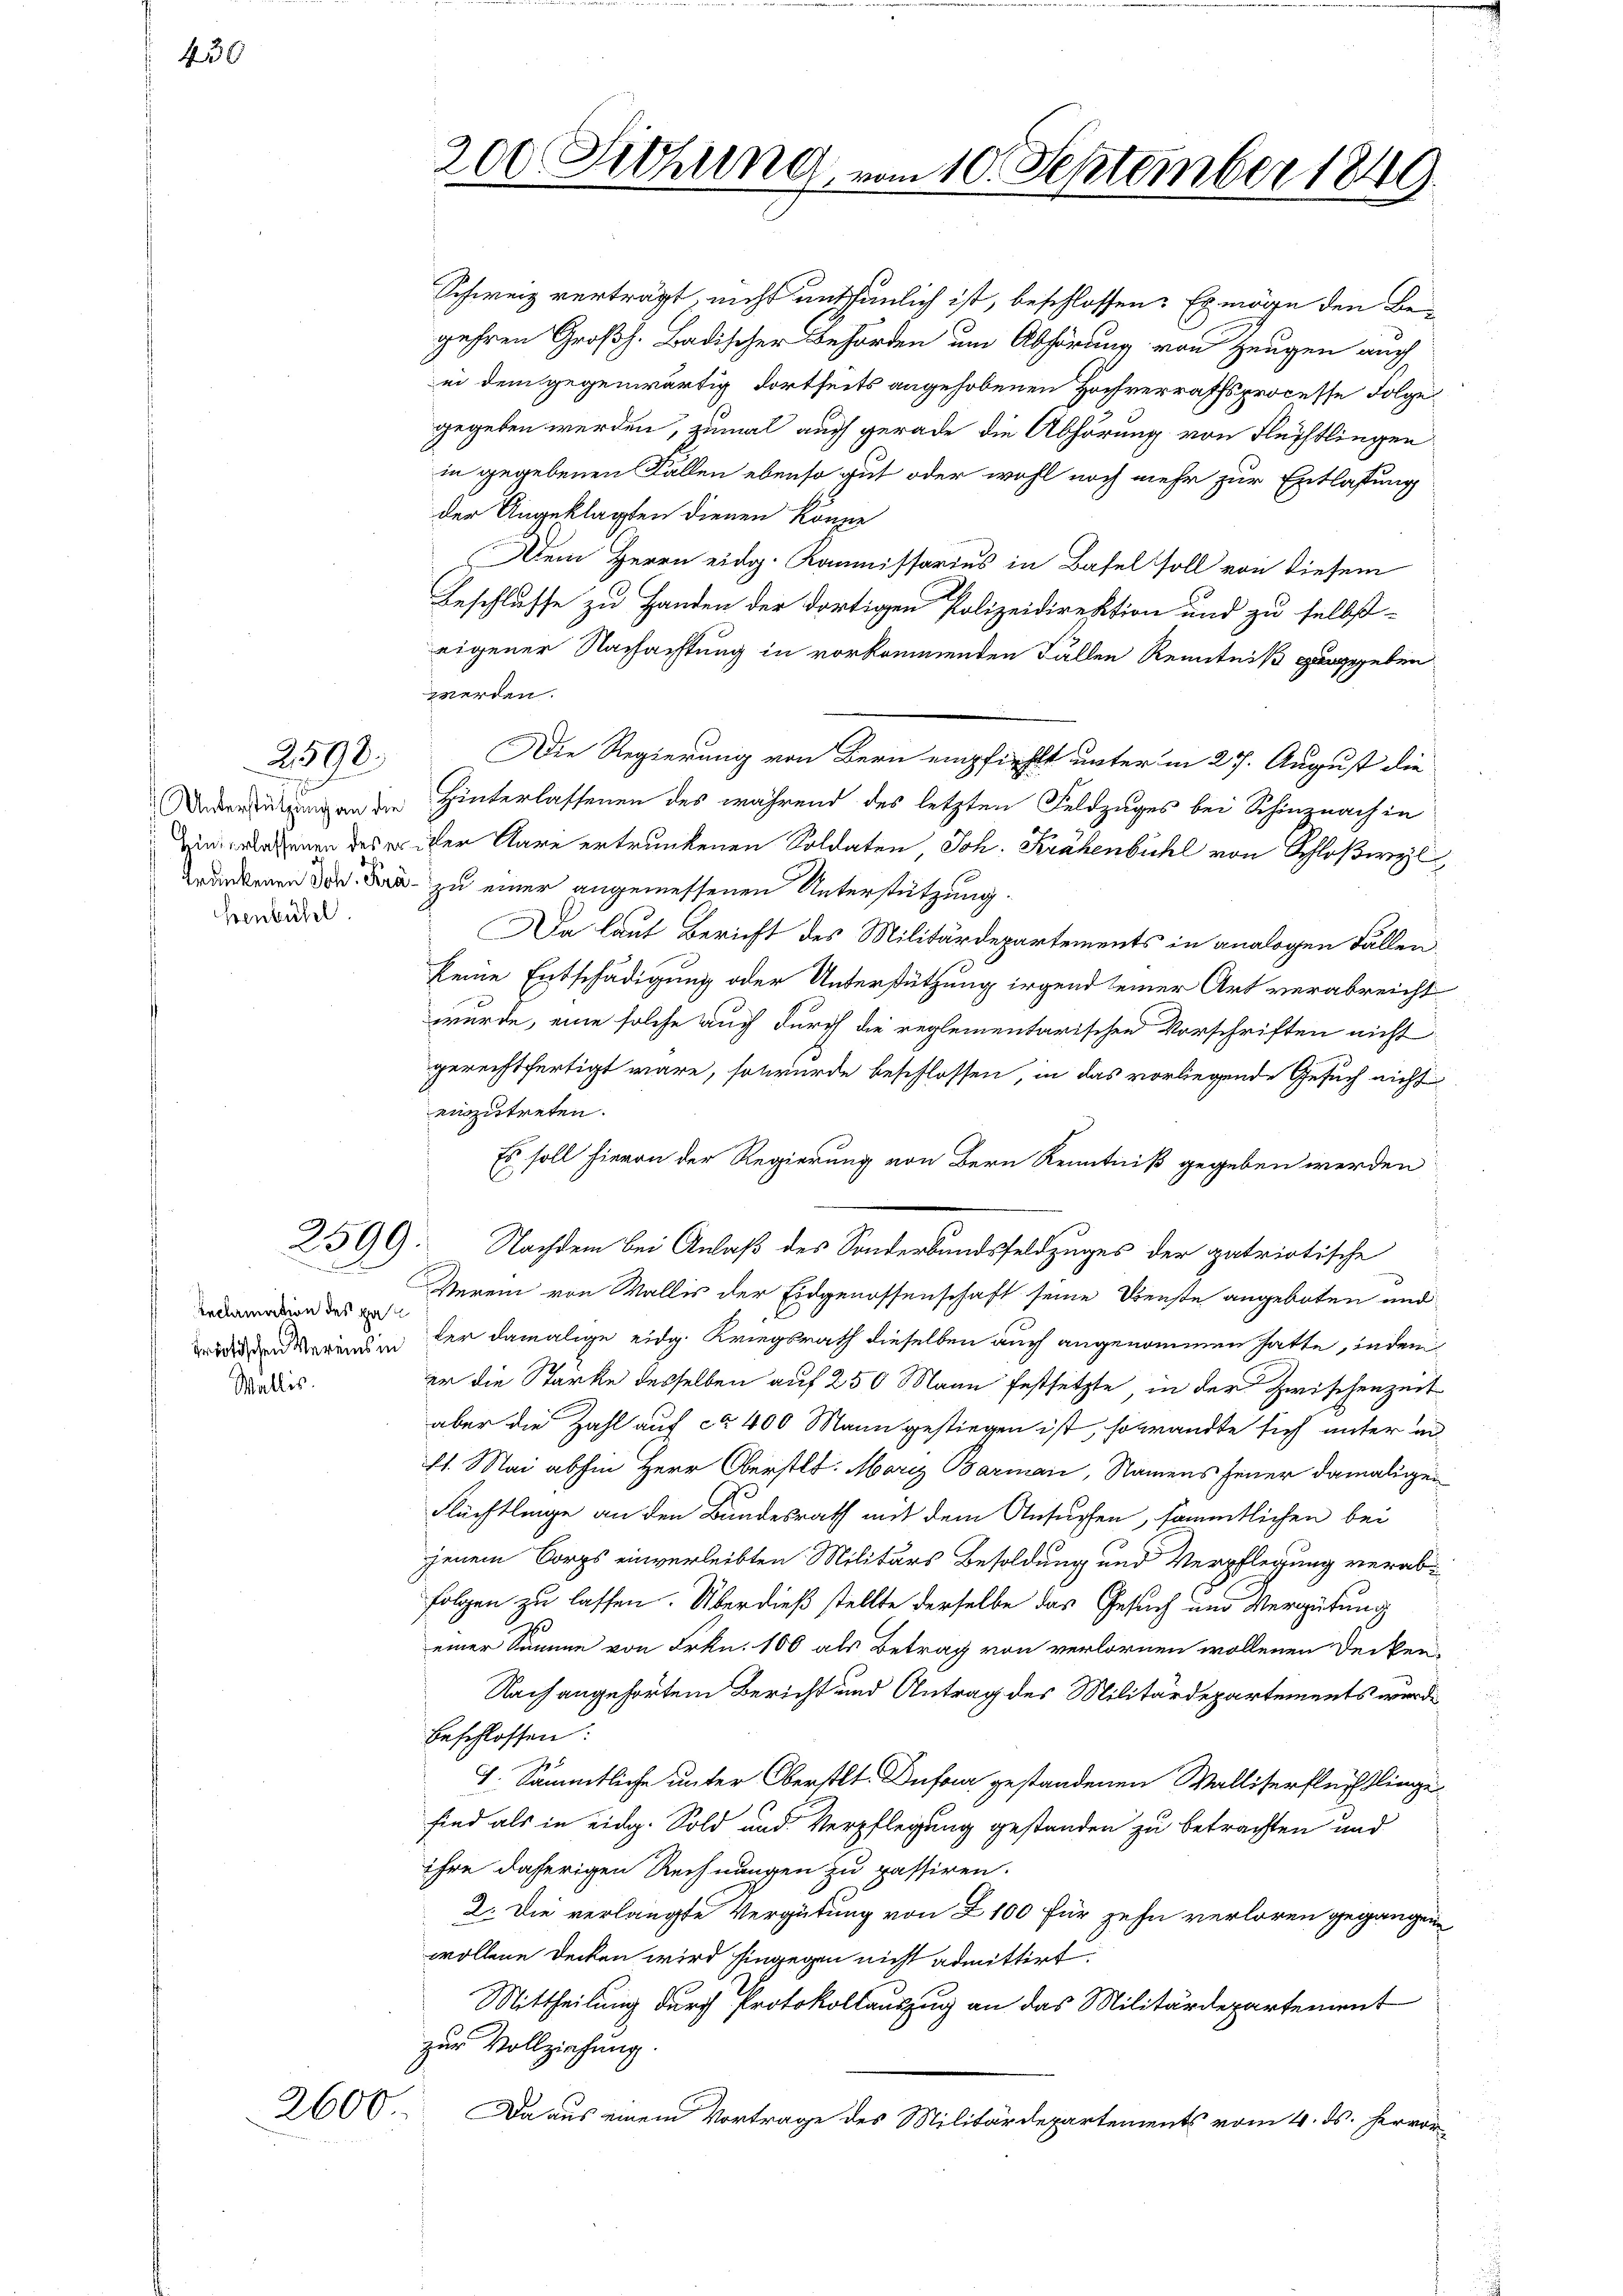
430

2598.

henbühl

Reclamation des gan
Wallis.

2600

Schweiz verträgt, nicht enthunlich ist, beschlossen: Es möge den Begehren Großh. Badischer Behörden um Abhörung von Zeugen auch
ii dem gegenwärtig dortseits angehobenen Hochverrathsprocesse Folge
gegeben werden, zumal auch gerade die Abhörung von Flechtlingen
in gegebenen Fallen ebenso gut oder wohl noch mehr zur Entlassung
der Angeklagten dienen könne
Dem Herrn eidg. Kommissarius in Basel soll von diesem
Beschlusse zu Handen der dortigen Polizeidirektion und zu selbst-
eigener Nachachtung in vorkommenden Fällen Kenntniß zugegeben
werden.
Die Regierung von Bern empfiehlt unter in 27. August die
anden Hinterlassenen des während des letzten Feldzuges bei Schinznach in
in gelehnen des er der Aare ertrunkenen Soldaten, Joh. Krähenbühl von Schloßwyl
Grundenen der zu einer angemessenen Unterstützung.
Da laut Bericht des Militärdepartements in analogen Fällen.
keine Entschädigung oder Unterstützung irgend seiner Art verabreicht
wurde, eine solche auch durch die reglementarischen Vorschriften nicht
gerechtfertigt wäre, so würde beschlossen, in das vorliegende Gesuch nicht
einzutreten.
Es soll hievon der Regierung von Bern Kenntniß gegeben werden.
2599. Nachdem bei Anlaß des Sonderbundsfeldzuges der patriotische
Verein von Wallis der Eidgenossenschaft seine Dienste angeboten und
enden der damalige eidg. Kriegsrath dieselben auch angenommen hatte, indem
er die Stärke desselben auf 250 Mann festsetzte, in der Zwischenzeit
aber die Zahl auf ca 400 Mann gestiegen ist, sowandte sich unter an¬
El. Mai abhin Herr Oberstl. Moriz Barmann, Namens Feuer damaligen
Flüchtlinge an den Bundesrath mit dem Ansuchen, sämmtlichen bei
jenem Corps einverleibten Militärs Besoldung und Verpflegung verab¬
Folgen zu lassen. Überdieß stellte derselbe das Gesuch und Vergütung
einer Summe von Frkn. 100 als Betrag von verlornen wollenen Decken.
Nach angehörtem Bericht und Antrag des Militärdepartements wurde
beschlossen:
1
J. Sämmtliche unter Oberstlt. Dufour gestandenen Walliserflüchtlinge
sind als in eidg. Sold und Verpflegung gestanden zu betrachten und
ihre daherigen Rechnungen zu passiren.
2. Die verlangte Vergütung von Z 100 für zehn verloren gegangen
wollene Decken wird hingegen nicht admittirt.
Mittheilung durch Protokollauszug an das Militärdepartement
zur Vollziehung
Da aus einem Vortrage des Militärdepartements vom 4. ds. hervor¬

200 Sichung vom 10. September 1849.